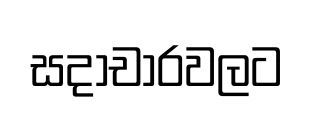
සදාචාරවලට